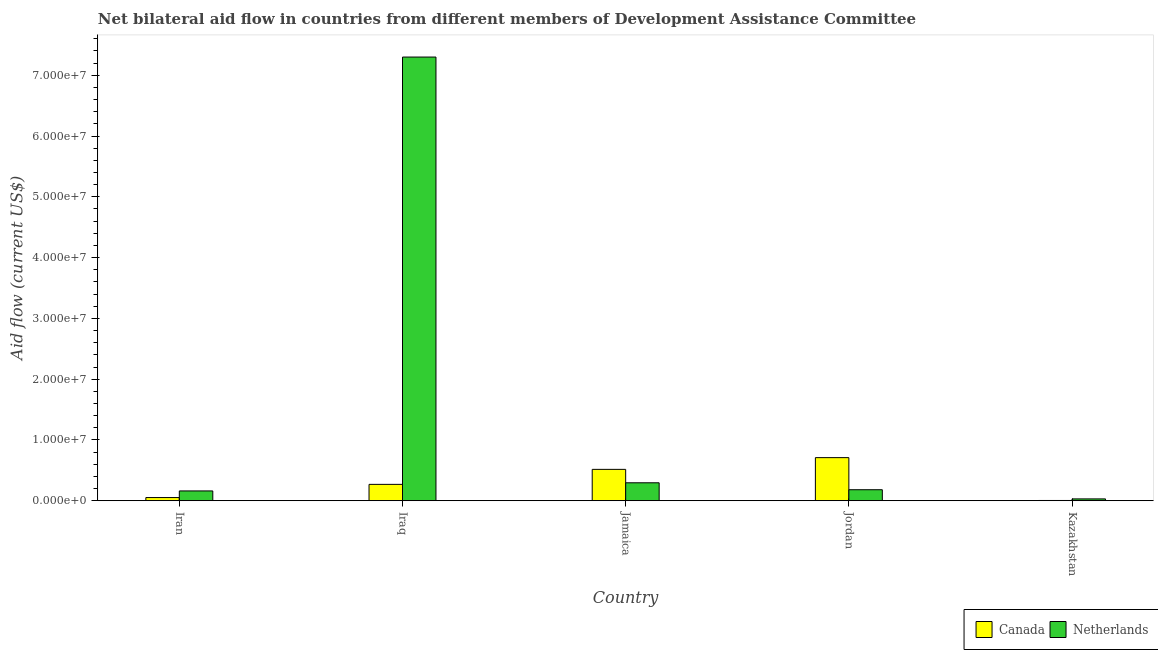
| Country | Canada | Netherlands |
 | --- | --- | --- |
 | Iran | 5.2e+05 | 1.61e+06 |
 | Iraq | 2.69e+06 | 7.3e+07 |
 | Jamaica | 5.16e+06 | 2.95e+06 |
 | Jordan | 7.09e+06 | 1.81e+06 |
 | Kazakhstan | 4e+04 | 3e+05 |